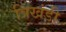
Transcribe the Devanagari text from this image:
त्रिखंडी